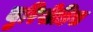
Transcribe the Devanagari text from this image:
युरिपीडिस